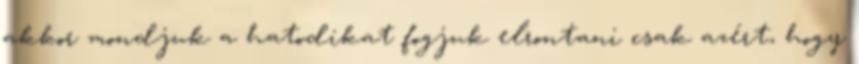
akkor mondjuk a hatodikat fogjuk elrontani csak azért, hogy